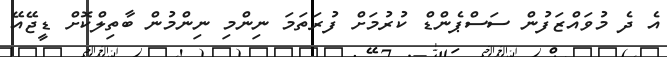
އެ ދެ މުވައްޒަފުން ސަސްޕެންޑް ކުރުމަށް ފުރަތަމަ ނިންމި ނިންމުން ބާތިލްކޮށް ޑީޖޭއޭ